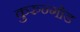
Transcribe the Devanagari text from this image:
कुरुन्गोड